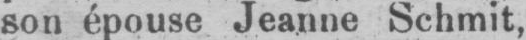
son épouse Jeanne Schmit,